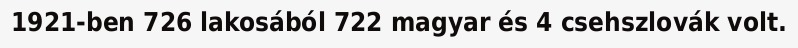
1921-ben 726 lakosából 722 magyar és 4 csehszlovák volt.